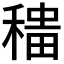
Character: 𫁁